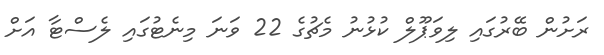
ރަށުން ބޭރުގައި ލިވަޕޫލް ކުޅުނު މެޗުގެ 22 ވަނަ މިނެޓުގައި ލެސްޓާ އަށް